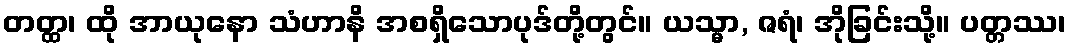
တတ္ထ၊ ထို အာယုနော သံဟာနိ အစရှိသောပုဒ်တို့တွင်။ ယသ္မာ, ဇရံ၊ အိုခြင်းသို့။ ပတ္တဿ၊